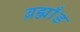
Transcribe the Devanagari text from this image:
ब्रह्माँड